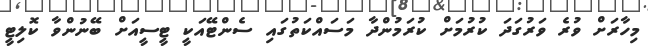
މިހާރަށް ވުރެ ވަރުގަދަ ކުރުމަށް ކުރަމުންދާ މަސައްކަތުގައި ސެންޓޭއަކީ ޓީސީއަށް ބޭނުންވާ ކޮލިޓީ